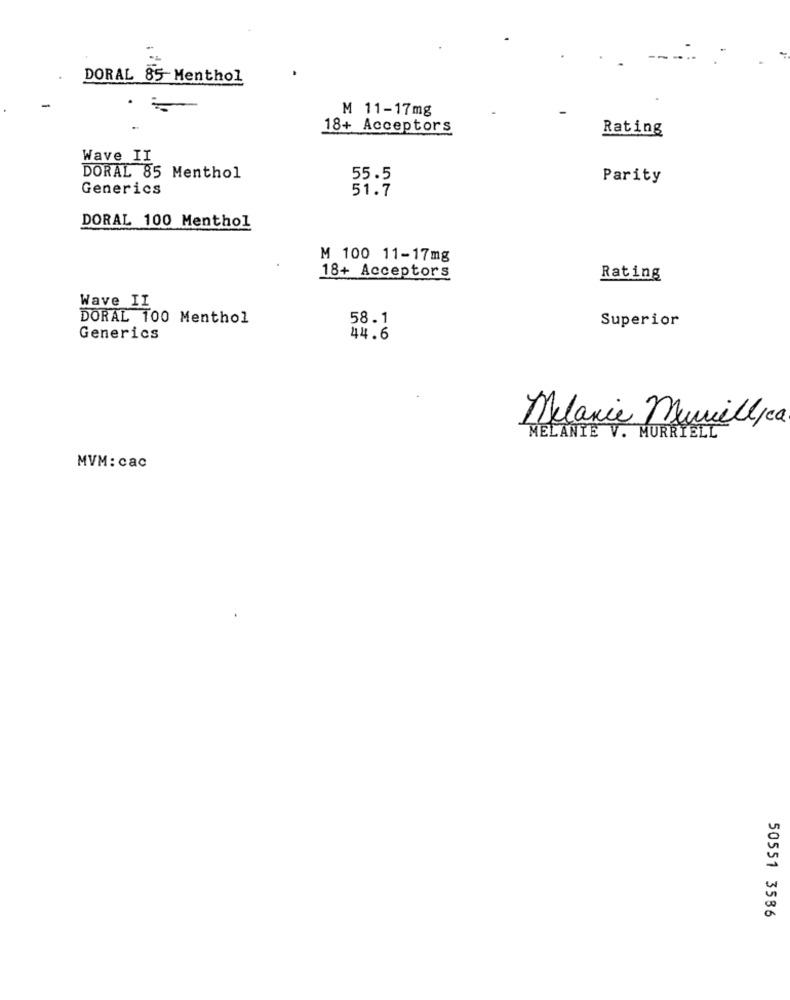
DORAL 85-Menthol
M 11-17mg
18+ Acceptors
Rating
Wave II
DORAL 85 Menthol
55.5
Parity
Generics
51.7
DORAL 100 Menthol
M 100 11-17mg
18+ Acceptors
Rating
Wave II
DORAL 100 Menthol
58.1
Superior
Generics
44.6
Melanie Muwill ca
MELANIE V. MURRIELL
MVM: cac
50551 3586